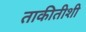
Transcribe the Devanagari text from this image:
ताकीतीशी